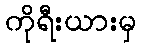
ကိုရီးယားမှ